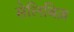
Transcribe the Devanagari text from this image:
सेलिबिज़